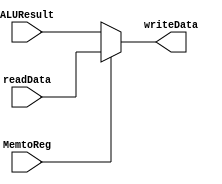
`timescale 1ns / 1ps

module write_back(
	input MemtoReg,
	input [31:0] readData,
	input [31:0] ALUResult,
	output reg [31:0] writeData
	);
	
	always @(*) begin 
		if (MemtoReg == 1)
			writeData = readData;
		else
			writeData = ALUResult;
	end

endmodule